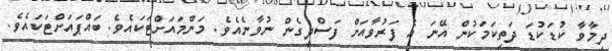
ދިމާވާ ކުޑަކުޑަ ދަތިކަމަކުން އޭނަ އެ ފަރުވާއަށް ފަސްދީގެން ނުވާނެއެވެ. މަންމައަށްޓަކައެވެ. ބައްޕައަށްޓަކައެވެ.